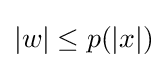
|w|\leq p(|x|)